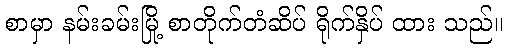
စာမှာ နမ်းခမ်းမြို့ စာတိုက်တံဆိပ် ရိုက်နှိပ် ထား သည်။